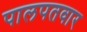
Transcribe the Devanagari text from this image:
पालपतवार